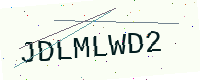
Text: JDLMLWD2